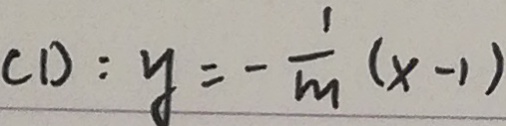
( 1 ) : y = - \frac { 1 } { m } ( x - 1 )